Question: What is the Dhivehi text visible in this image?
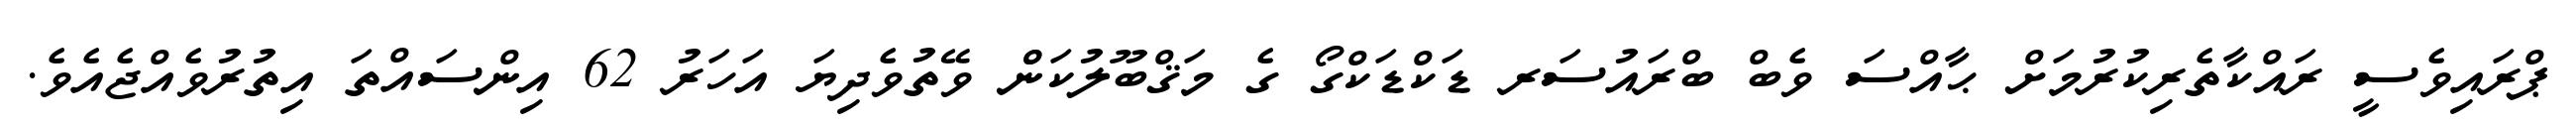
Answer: ޕްރައިވެސީ ރައްކާތެރިކުރުމަށް ޙާއްސަ ވެބް ބްރައުސަރ ޑަކްޑަކްގޯ ގެ މަޤްބޫލުކަންް ވޭތުވެދިޔަ އަހަރު 62 އިންސައްތަ އިތުރުވެއްޖެއެވެ.